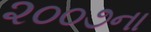
૨૦૦૭ના